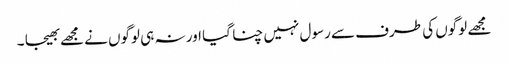
مجھے لوگوں کی طرف سے رسول نہیں چنا گیا اور نہ ہی لوگوں نے مجھے بھیجا ۔